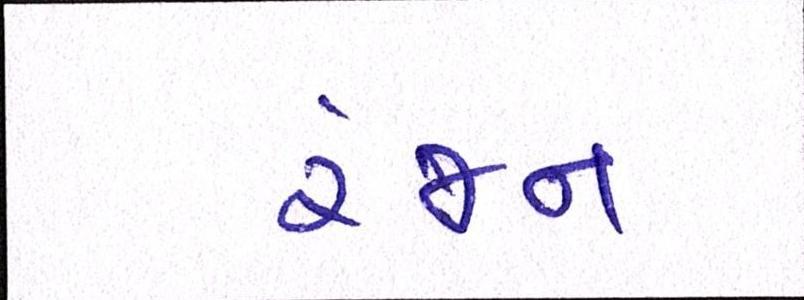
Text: રંજન